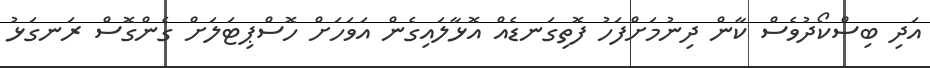
އަދި ބިސްކޯދުވެސް ކާން ދިނުމަށްފަހު ފޮތިގަނޑެއް އޮޅާލައިގެން އަވަހަށް ހޮސްޕިޓަލަށް ގެންގޮސް ރަނގަޅު